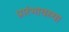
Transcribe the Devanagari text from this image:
प्रारंभावस्था